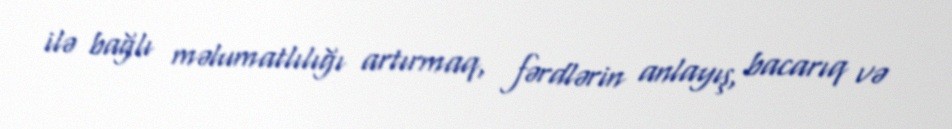
ilə bağlı məlumatlılığı artırmaq, fərdlərin anlayış, bacarıq və